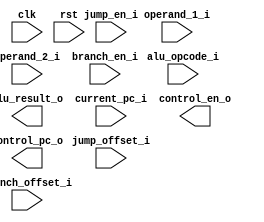

module si_alu #(
    parameter PC_START  = 32'h8000_0000, 
    parameter INST_DW   = 32,
    parameter INST_AW   = 32,
    parameter REG_DW    = 32,
    parameter ALUOP_DW  = 5
)(
    input                   clk,
    input                   rst,
    
    // arithmetic
    input   [ALUOP_DW-1:0]  alu_opcode_i,
    input   [REG_DW-1:0]    operand_1_i,
    input   [REG_DW-1:0]    operand_2_i,
    output  [REG_DW-1:0]    alu_result_o,
    // branch
    input   [INST_AW-1:0]   current_pc_i,
    input                   branch_en_i,
    input   [INST_AW-1:0]   branch_offset_i,
    input                   jump_en_i,
    input   [INST_AW-1:0]   jump_offset_i,
    output                  control_en_o,
    output  [INST_AW-1:0]   control_pc_o
);

localparam ALU_OP_NOP   = 5'd0 ;
localparam ALU_OP_ADD   = 5'd1 ;
localparam ALU_OP_MUL   = 5'd2 ;
localparam ALU_OP_BNE   = 5'd3 ;
localparam ALU_OP_JAL   = 5'd4 ;
localparam ALU_OP_LUI   = 5'd5 ;
localparam ALU_OP_AUIPC = 5'd6 ;
localparam ALU_OP_AND   = 5'd7 ;
localparam ALU_OP_SLL   = 5'd8 ;
localparam ALU_OP_SLT   = 5'd9 ;
localparam ALU_OP_BLT   = 5'd10 ;


endmodule